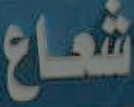
شعاع